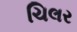
ચિલર